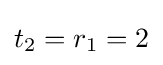
t_{2}=r_{1}=2